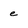
Character: e